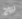
لروح